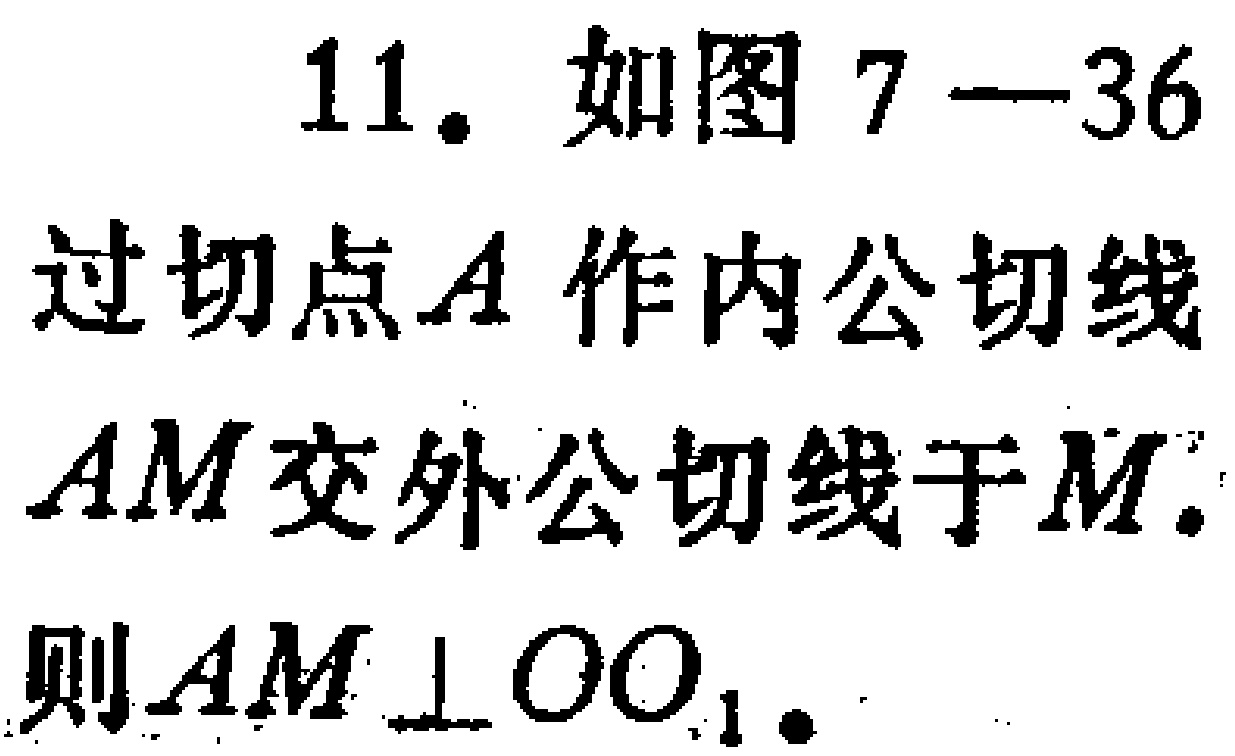
11. 如图7—36

过切点\(A\)作内公切线

\(AM\)交外公切线于\(M\).

则\(AM\perp OO_{1}\).